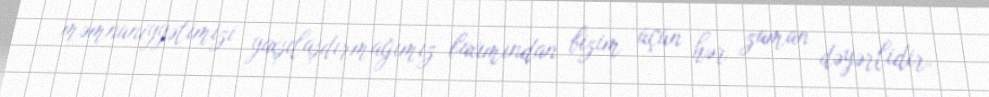
məmnuniyyətimizi yaxşılaşdırmağımız baxımından bizim üçün hər zaman dəyərlidir.